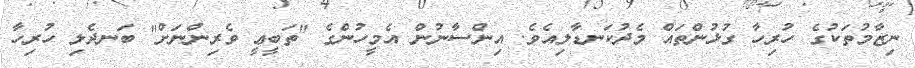
ނިޒާމުތަކުގެ ހުރިހާ ގުޅުންތައް މެދުކަނޑާލިއެވެ. އިންސާނުން އެމީހުންގެ "ތަބީޢީ ވެރިންނަށް" ބަނދެލި ހުރިހާ